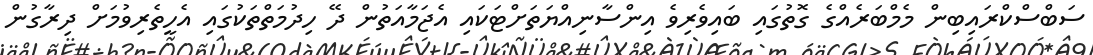
ސަބްސްކްރައިބިން މެމްބަރެއްގެ ގޮތުގައި ބައިވެރިވެ އިންސާނިއްޔަތަށްޓަކައި އެޖަމާއަތުން ދޭ ހިދުމަތްތަކުގައި އެހީތެރިވުމަށް ދިރާގުން